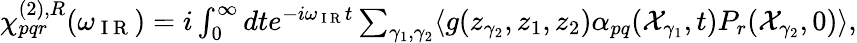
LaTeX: \begin{array}{r}{\chi_{pqr}^{(2),R}(\omega_{\mathrm{~I~R~}})=i\int_{0}^{\infty}dte^{-i\omega_{\mathrm{~I~R~}}t}\sum_{\gamma_{1},\gamma_{2}}\langle g(z_{\gamma_{2}},z_{1},z_{2})\alpha_{pq}(\mathcal{X}_{\gamma_{1}},t)P_{r}(\mathcal{X}_{\gamma_{2}},0)\rangle,}\end{array}